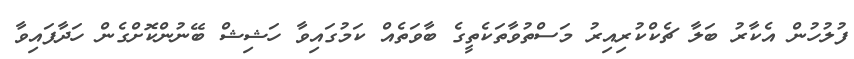
ފުލުހުން އެކާރު ބަލާ ޗެކްކުރިއިރު މަސްތުވާތަކެތީގެ ބާވަތެއް ކަމުގައިވާ ހަޝިޝް ބޭނުންކޮށްގެން ހަދާފައިވާ